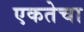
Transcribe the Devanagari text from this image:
एकतेचा